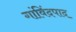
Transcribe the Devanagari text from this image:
गांविंदपाद